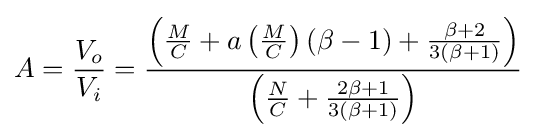
A={\frac {V_{o}}{V_{i}}}={\frac {\left({\frac {M}{C}}+a\left({\frac {M}{C}}\right)\left(\beta -1\right)+{\frac {\beta +2}{3\left(\beta +1\right)}}\right)}{\left({\frac {N}{C}}+{\frac {2\beta +1}{3\left(\beta +1\right)}}\right)}}